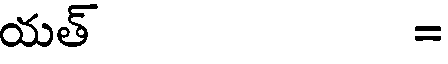
యత్ =